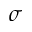
\sigma